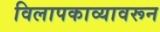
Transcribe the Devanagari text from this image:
विलापकाव्यावरून